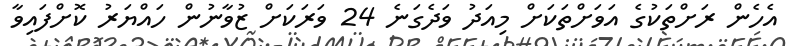
އެހެން ރަށްތަކުގެ އަވަށްތަކަށް މިއަދު ވަދެގަނެ 24 ވަރަކަށް ޒުވާނުން ހައްޔަރު ކޮށްފައިވާ